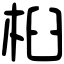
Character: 桕